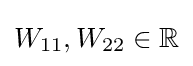
W_{11},W_{22}\in \mathbb {R}